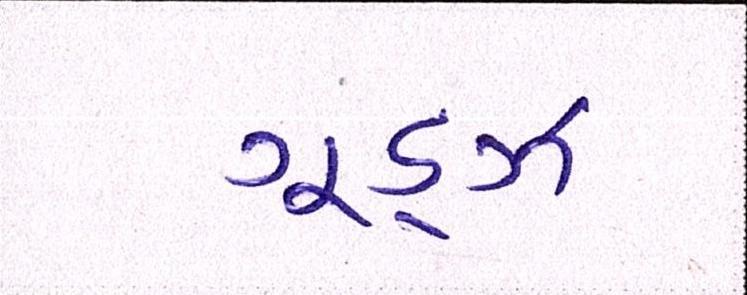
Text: ગૂડ્ઝ